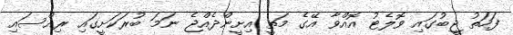
ފަހަތު ޖީބުގައި ވޮލެޓު އޮއްވާ އޭގެ މަތީ އިށީންދެއްޖެ ނަމަ ބުރަކަށީގައި ރިއްސައި